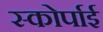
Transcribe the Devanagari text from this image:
स्कोर्पाई